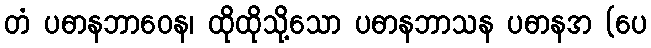
တံ ပဓာနဘာဝေန၊ ထိုထိုသို့သော ပဓာနဘာသန ပဓာနအ (ပေ